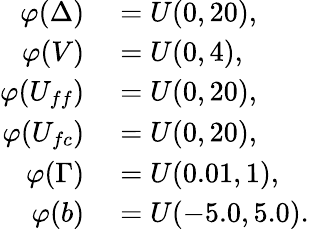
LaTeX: \begin{array}{rl}{\varphi(\Delta)}&{{}=U(0,20),}\\ {\varphi(V)}&{{}=U(0,4),}\\ {\varphi(U_{ff})}&{{}=U(0,20),}\\ {\varphi(U_{fc})}&{{}=U(0,20),}\\ {\varphi(\Gamma)}&{{}=U(0.01,1),}\\ {\varphi(b)}&{{}=U(-5.0,5.0).}\end{array}